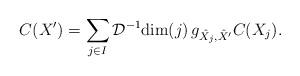
LaTeX: \begin{align*}C(X')=\sum_{j\in I}\mathcal{D}^{-1}\mathrm{dim}(j)\,g_{\hat X_j,\hat X'}C(X_j).\end{align*}